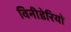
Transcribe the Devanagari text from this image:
विनीडेरियो